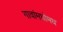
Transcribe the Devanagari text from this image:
गावांमधोमध